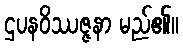
ဌပနဝိဿဇ္ဇနာ မည်၏။